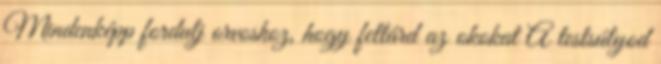
Mindenképp fordulj orvoshoz, hogy feltárd az okokat A testsúlyod